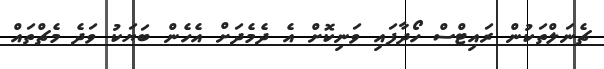
ޗެނަލްތަކުން ރައިޓްސް ހޯދާފައި ވަނިކޮށް އެ ދެމެދަށް އެހެން ބަޔަކު ވަދެ މެޗްތައް